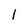
Character: l